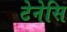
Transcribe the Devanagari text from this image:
टेनेसि